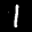
Label: 1